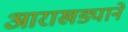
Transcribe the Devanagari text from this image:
आराखड्याने